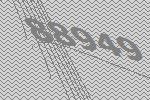
88949